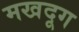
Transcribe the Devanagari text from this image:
मखदूग